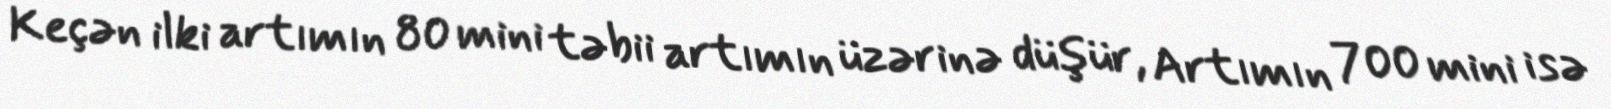
Keçən ilki artımın 80 mini təbii artımın üzərinə düşür, Artımın 700 mini isə